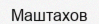
Маштахов